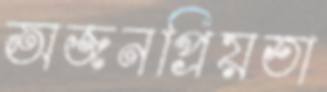
অজনপ্রিয়তা